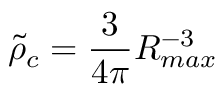
\tilde { \rho } _ { c } = \frac { 3 } { 4 \pi } R _ { m a x } ^ { - 3 }